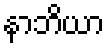
နာဘိယာ